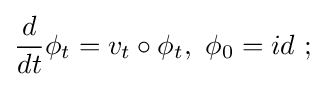
{\frac {d}{dt}}\phi _{t}=v_{t}\circ \phi _{t},\ \phi _{0}=id\ ;